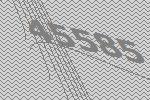
45585